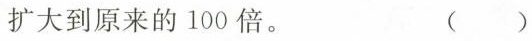
就扩大到原来的100倍。 ( )